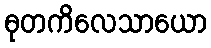
ဓုတကိလေသာယော